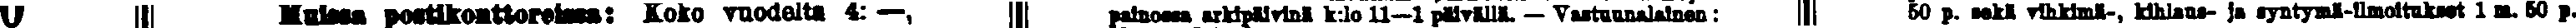
# # Muissa postikonttoreissa: Koko vuodelta 4: —, # ainossa arkipäivinä k:lo 11—1 päivällä. — Vastuunalainen: # 50 p. sekä vihkimä-, kihlaus- ja syntymä-ilmoitukset 1 m. 50 p.